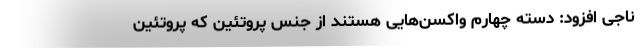
ناجی افزود: دسته چهارم واکسن‌هایی هستند از جنس پروتئین که پروتئین